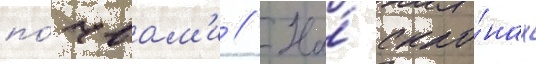
по́чвам'и // На́ скло́нах